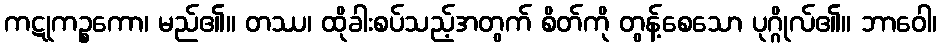
ကဋုကဉ္စကော၊ မည်၏။ တဿ၊ ထိုခါးစပ်သည့်အတွက် စိတ်ကို တွန့်စေသော ပုဂ္ဂိုလ်၏။ ဘာဝေါ၊